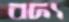
বদ্য